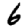
Digit: 6